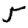
Digit: 5